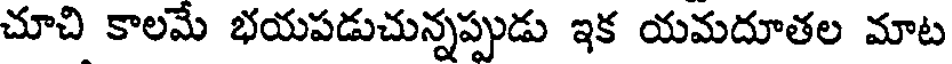
చూచి కాలమే భయపడుచున్నప్పుడు ఇక యమదూతల మాట